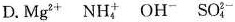
D. Mg^{2＋} NH{4}^{+} OH^{-} SO{4}^{2-}